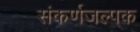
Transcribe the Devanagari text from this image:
संकर्णजल्पक